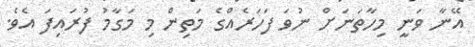
އޭނާ ވަނީ މިހާތަނަށް ނުވަ ފަހަރެއްގެ މަތިން މި މަގާމު ފުރައިފަ އެވެ.